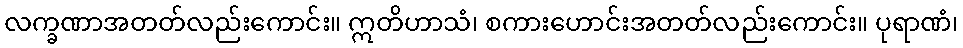
လက္ခဏာအတတ်လည်းကောင်း။ ဣတိဟာသံ၊ စကားဟောင်းအတတ်လည်းကောင်း။ ပုရာဏံ၊